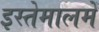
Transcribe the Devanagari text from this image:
इस्तेमालमें